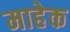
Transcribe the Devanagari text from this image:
माहेक